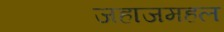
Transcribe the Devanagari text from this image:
जहाजमहल